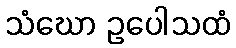
သံဃော ဥပေါသထံ